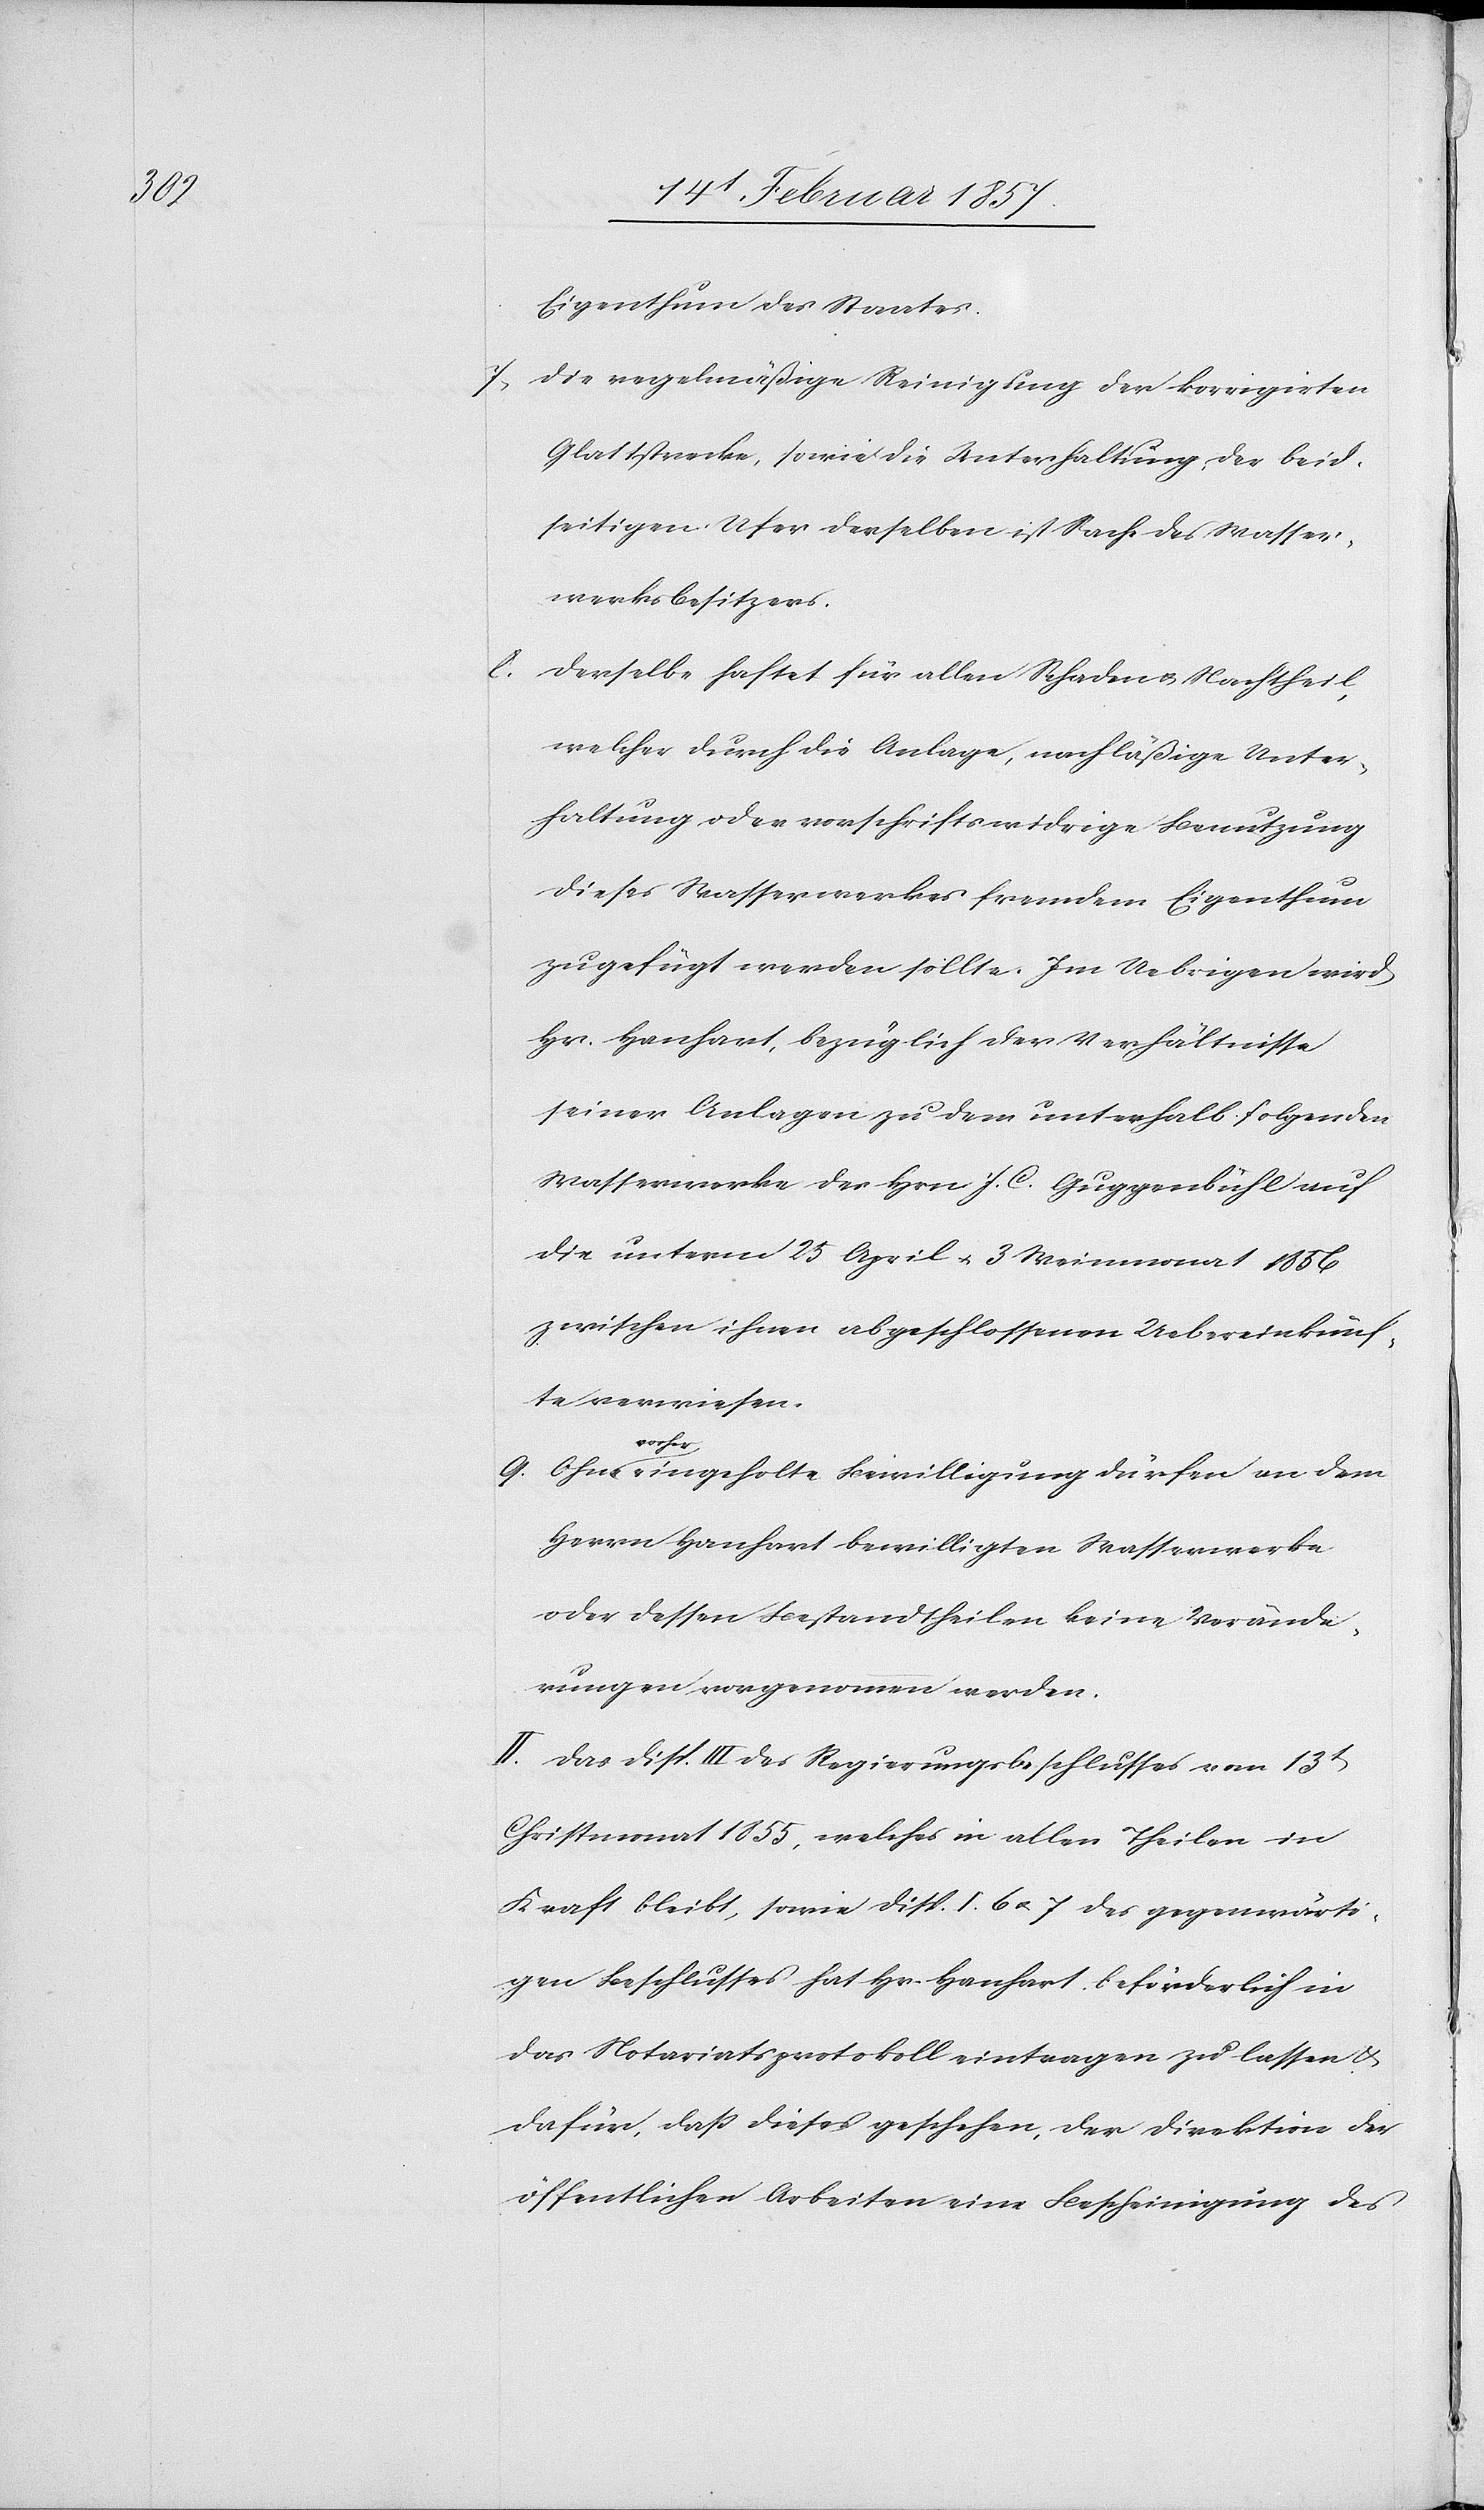
Eigenthum des Staates.
7. Die regelmäßige Reinigung der korrigirten
Glattstrecke, sowie die Unterhaltung der beid¬
seitigen Ufer derselben ist Sache des Wasser¬
werksbesitzers.
8. Derselbe haftet für allen Schaden u. Nachtheil,
welcher durch die Anlage, nachläßige Unter¬
haltung oder vorschriftswidrige Benutzung
dieses Wasserwerkes fremdem Eigenthum
zugefügt werden sollte. Im Uebrigen wird
Hr. Hanhart, bezüglich der Verhältnisse
seiner Anlagen zu dem unterhalb folgenden
Wasserwerke des Hrn. J. C. Guggenbühl auf
die unterm 25 April u. 3 Weinmonat 1856
zwischen ihnen abgeschlossenen Uebereinkünf¬
te verwiesen.
9. Ohne vorher eingeholte Bewilligung dürfen an dem
Herrn Hanhart bewilligten Wasserwerke
oder dessen Bestandtheilen keine Verände¬
rungen vorgenommen werden.
II. Das Disp. III des Regierungsbeschlusses vom 13t
Christmonat 1855, welches in allen Theilen in
Kraft bleibt, sowie Disp. I. 6 u. 7 des gegenwärti¬
gen Beschlusses hat Hr. Hanhart beförderlich in
das Notariatsprotokoll eintragen zu lassen u.
dafür, daß dieses geschehen, der Direktion der
öffentlichen Arbeiten eine Bescheinigung des